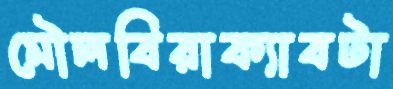
মৌলবিরাক্যাবটা